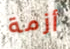
أزمة